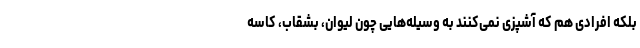
بلکه افرادی هم که آشپزی نمی‌کنند به وسیله‌هایی چون لیوان، بشقاب، کاسه